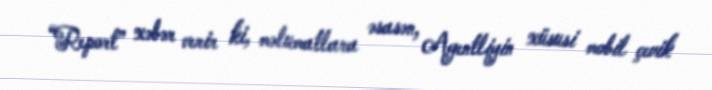
“Report” xəbər verir ki, məlumatlara əsasən, Agentliyin xüsusi mobil çevik